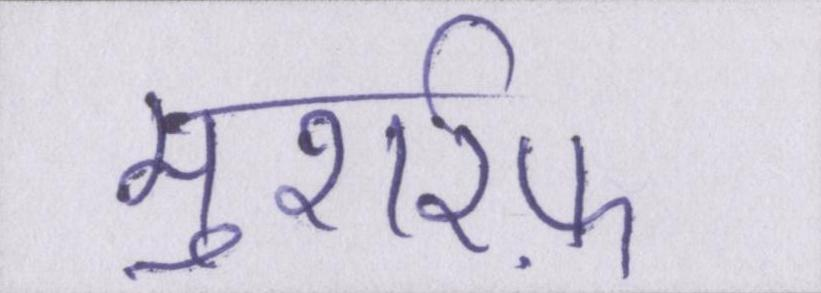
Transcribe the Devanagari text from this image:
मुशर्रफ़